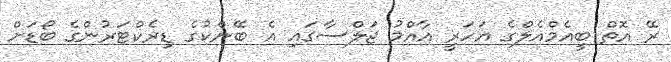
ރޭ އޮތް ބީއެމްއެލްގެ އަހަރީ އާއްމު ޖަލްސާގައި އެ ބޭންކުގެ ޑިރެކްޓަރުންގެ ބޯޑަށް